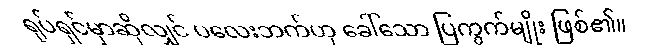
ရုပ်ရှင်မှာဆိုလျှင် ပလေးဘက်ဟု ခေါ်သော ပြကွက်မျိုး ဖြစ်၏။